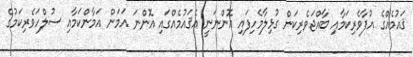
ޤައުމެއްގެ އުފާވެރިކަމާއި ބާއްޖަވެރިކަން ގުޅިލާމެހިފައި އޮންނަނީ އެޤައުމެއްގައި އޮންނަ އަމަން އަމާންކަމާއި ސުލްހަވެރިކަމުގެ